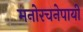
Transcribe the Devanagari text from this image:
मनोरचनेपायी